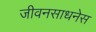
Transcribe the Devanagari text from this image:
जीवनसाधनेस